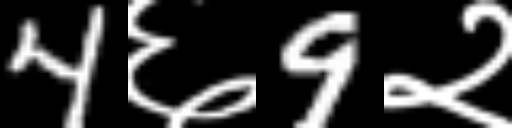
Text: 4६9२